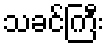
သခင်ကြီး